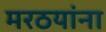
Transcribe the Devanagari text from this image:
मरठयांना